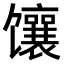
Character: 𫗵